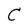
Character: C